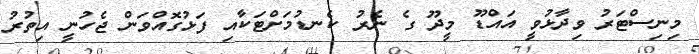
މިނިސްޓަރު ވިދާޅުވީ އައްޑޫ މީދޫ ގެ ނެރު ކެނޑުމަށްޓަކާއި ފަޅުގޮއްވަން ޖެހުނީ އިތުރު